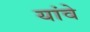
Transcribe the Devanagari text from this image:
यांवे